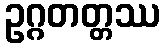
ဥဂ္ဂတတ္တဿ